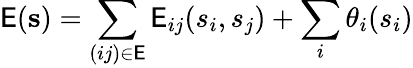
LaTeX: \mathsf{E}(\mathbf{{s}})=\sum_{(ij)\in\mathcal{\mathsf{E}}}\mathsf{E}_{ij}(s_{i},s_{j})+\sum_{i}\theta_{i}(s_{i})